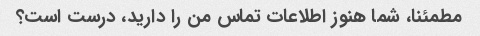
مطمئنا، شما هنوز اطلاعات تماس من را دارید، درست است؟